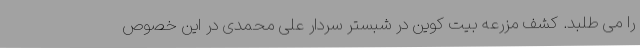
را می طلبد. کشف مزرعه بیت کوین در شبستر سردار علی محمدی در این خصوص